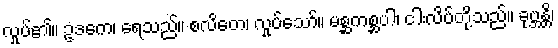
လှုပ်၏။ ဥဒကေ၊ ရေသည်။ စလိတေ၊ လှုပ်သော်။ မစ္ဆကစ္ဆပါ၊ ငါးလိပ်တို့သည်။ ခုဗ္ဘန္တိ၊